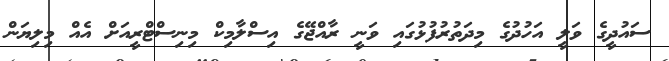
ސައުދީގެ ވަލީ އަހުދުގެ މިދަތުރުފުޅުގައި ވަނީ ރާއްޖޭގެ އިސްލާމިކް މިނިސްޓްރީއަށް އެއް މިލިޔަން